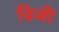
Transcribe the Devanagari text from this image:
विजी